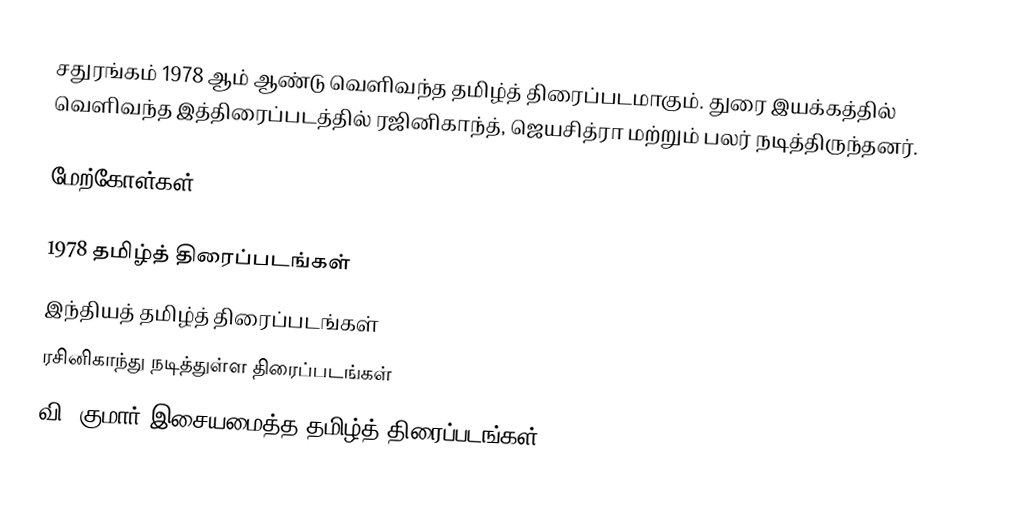
சதுரங்கம் 1978 ஆம் ஆண்டு வெளிவந்த தமிழ்த் திரைப்படமாகும். துரை இயக்கத்தில் வெளிவந்த இத்திரைப்படத்தில் ரஜினிகாந்த், ஜெயசித்ரா மற்றும் பலர் நடித்திருந்தனர்.

மேற்கோள்கள்

1978 தமிழ்த் திரைப்படங்கள்
இந்தியத் தமிழ்த் திரைப்படங்கள்
ரசினிகாந்து நடித்துள்ள திரைப்படங்கள்
வி. குமார் இசையமைத்த தமிழ்த் திரைப்படங்கள்